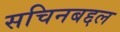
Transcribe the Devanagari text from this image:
सचिनबद्दल